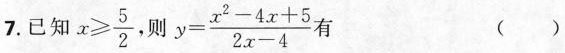
7.已知$$x ≥ \frac { 5 } { 2 }$$则$$y = \frac { x ^ { 2 } - 4 x + 5 } { 2 x - 4 }$$ 有 ( )